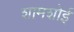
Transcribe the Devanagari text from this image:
शामशोई